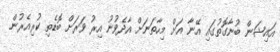
އައިޝަން ބުނާގޮތުގައި އޭނާ އަށް މިހާތަނަށް އާދެވުނު އިރު ވަރަށް ބޮޑެތި ކުރިއެރުން